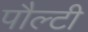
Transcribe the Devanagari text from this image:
पौल्टी